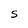
Character: S